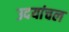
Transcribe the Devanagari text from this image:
उदयांचल